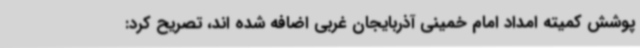
پوشش کمیته امداد امام خمینی آذربایجان غربی اضافه شده اند، تصریح کرد: